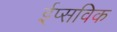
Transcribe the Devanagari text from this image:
ईप्सविक